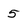
Character: 5